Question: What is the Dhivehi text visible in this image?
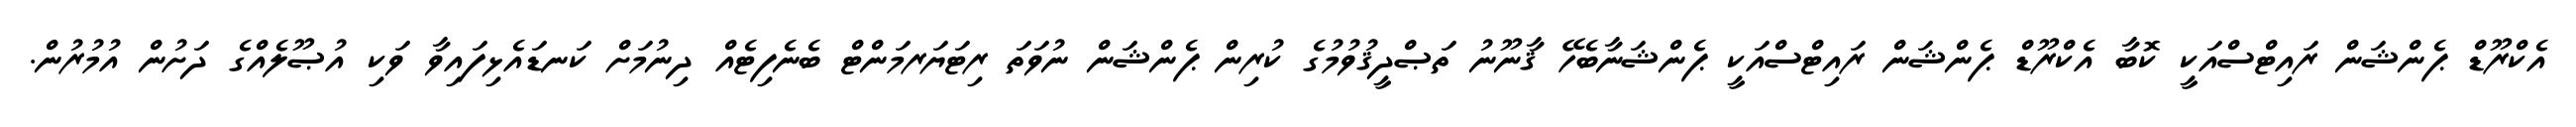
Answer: އެކްރޫޑް ޕެންޝަން ރައިޓްސްއަކީ ކޮބާ އެކްރޫޑް ޕެންޝަން ރައިޓްސްއަކީ ޕެންޝަނާބެހޭ ޤާނޫނު ތަޞްދީޤުވުމުގެ ކުރިން ޕެންޝަން ނުވަތަ ރިޓަޔަރމަންޓް ބެނެފިޓެއް ދިނުމަށް ކަނޑައެޅިފައިވާ ވަކި އުޞޫލެއްގެ ދަށުން އުމުރުން.